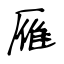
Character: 雁